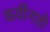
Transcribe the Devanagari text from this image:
कवींनाही